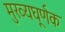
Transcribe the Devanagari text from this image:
मुख्यघूर्णक